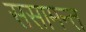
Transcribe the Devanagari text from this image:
ससामन्त